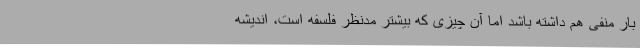
بار منفی هم داشته باشد اما آن چیزی که بیشتر مدنظر فلسفه است، اندیشه